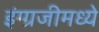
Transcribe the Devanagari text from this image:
इंग्ग्रजीमध्ये